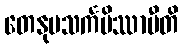
တေနုပသင်္ကမိဿာမီတိ